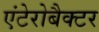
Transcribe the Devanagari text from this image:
एंटेरोबैक्टर